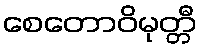
စေတောဝိမုတ္တီ